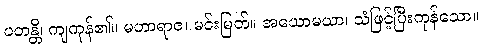
ပတန္တိ၊ ကျကုန်၏။ မဟာရာဇ၊ မင်းမြတ်။ အယောမယာ၊ သံဖြင့်ပြီးကုန်သော။